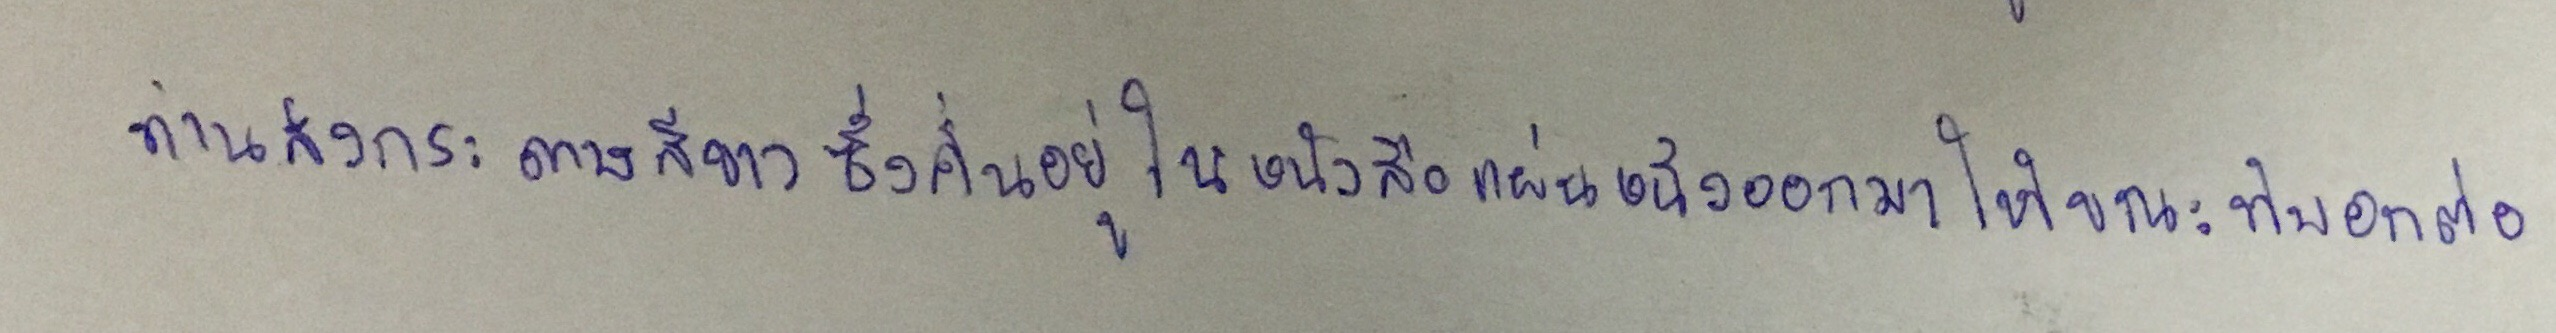
ท่านส่งกระดาษสีขาวซึ่งคั่นอยู่ในหนังสือแผ่นหนึ่งออกมาให้ขณะที่บอกต่อ